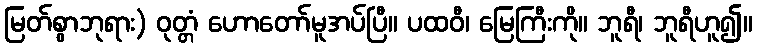
မြတ်စွာဘုရား) ဝုတ္တံ ဟောတော်မူအပ်ပြီ။ ပထဝီ၊ မြေကြီးကို။ ဘူရီ၊ ဘူရီဟူ၍။